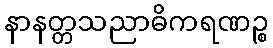
နာနတ္တသညာဓိကရဏဉ္စ